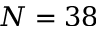
N = 3 8